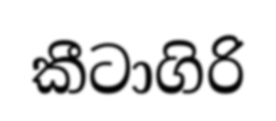
කීටාගිරි